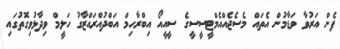
ފެން އަރުވާ ވަޑާމުން އެތައް މެސެޖެއްއެމްޓީސީސީގެ ސީއީއޯ އިބްރާހިމް އަބްދުއްރައްޒާގު ހަލީމް ވިދާޅުވިގޮތުގައި